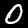
Label: 0